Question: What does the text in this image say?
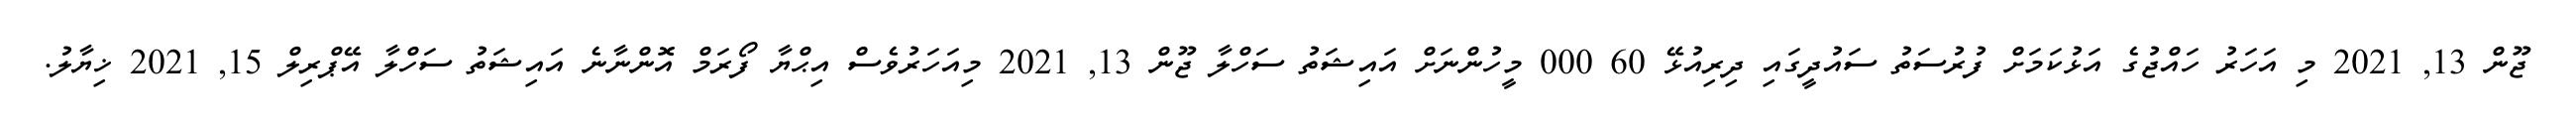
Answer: ޖޫން 13, 2021 މި އަހަރު ހައްޖުގެ އަޅުކަމަށް ފުރުސަތު ސައުދީގައި ދިރިއުޅޭ 60 000 މީހުންނަށް އައިޝަތު ސަހްލާ ޖޫން 13, 2021 މިއަހަރުވެސް އިޙްޔާ ފޯރަމް އޮންނާނެ އައިޝަތު ސަހްލާ އޭޕްރިލް 15, 2021 ޚިޔާލު.